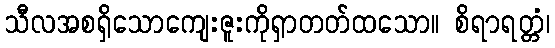
သီလအစရှိသောကျေးဇူးကိုရှာတတ်ထသော။ စိရာရတ္တံ၊